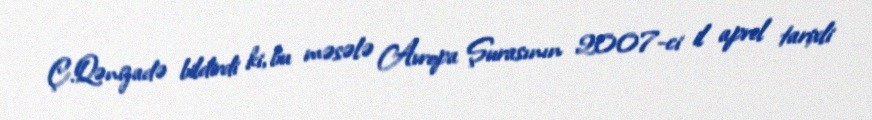
Ç.Qənizadə bildirdi ki, bu məsələ Avropa Şurasının 2007-ci il aprel tarixli